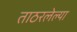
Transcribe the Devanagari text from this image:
ताठरलेल्या